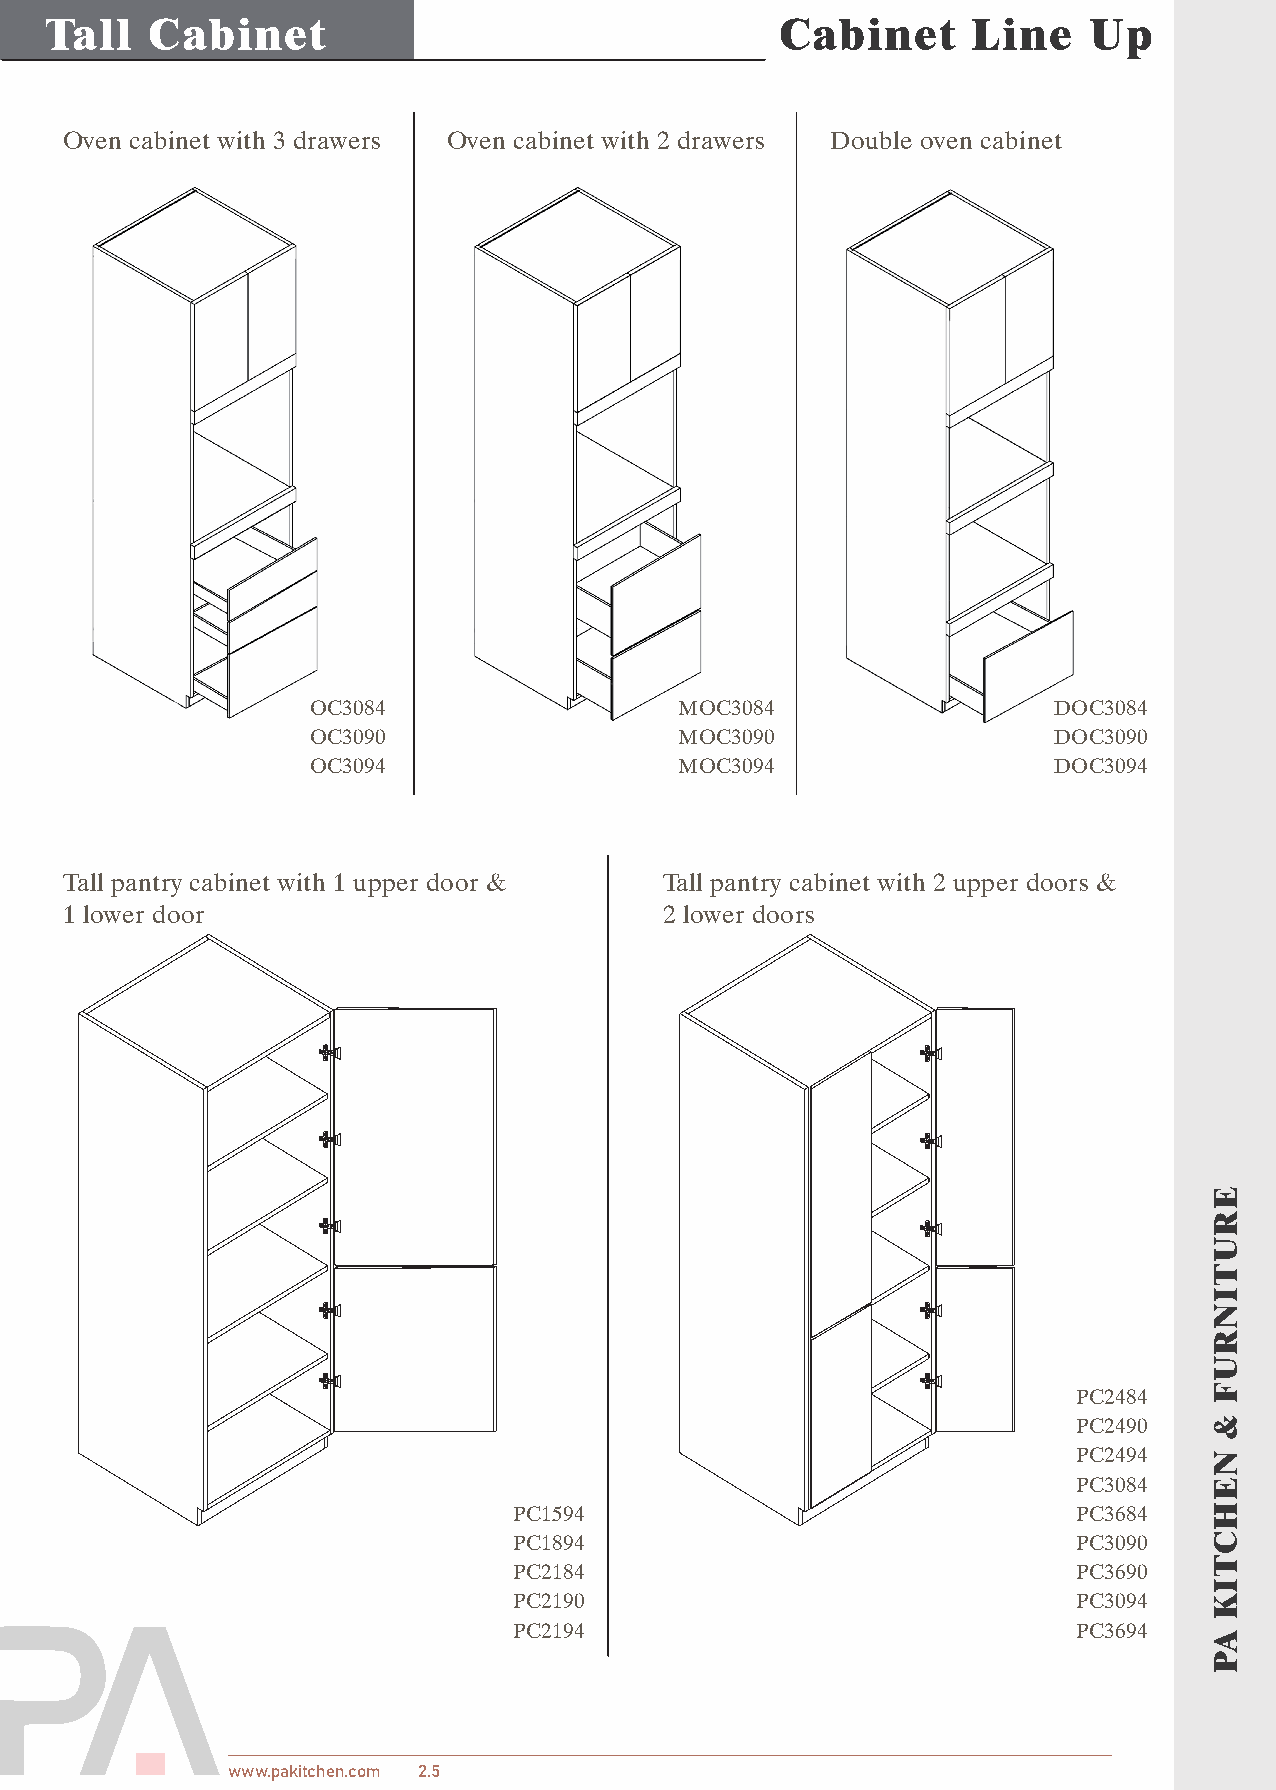
Tall   Cabinet                                   Cabinet     Line    Up
 Oven cabinet with 3 drawers Oven cabinet with 2 drawers Double oven cabinet
 OC3084                   MOC3084                  DOC3084
 OC3090                   MOC3090                  DOC3090
 OC3094                   MOC3094                  DOC3094
 Tall pantry cabinet with 1 upper door & Tall pantry cabinet with 2 upper doors &
 1 lower door                            2 lower doors
 PC2484
 PC2490
 PC2494
 PC3084
 PC1594                               PC3684
 PC1894                               PC3090
 PC2184                               PC3690
 PC2190                               PC3094
 PC2194                               PC3694
 www.pakitchen.com 2.5
 ERUTINRUF
 &
 NEHCTIK
 AP